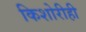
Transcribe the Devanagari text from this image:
किशोरीही